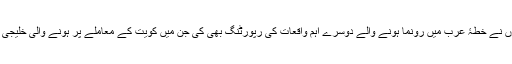
اس کے بعد سے انھوں نے خطۂ عرب میں رونما ہونے والے دوسرے اہم واقعات کی رپورٹنگ بھی کی جن میں کویت کے معاملے پر ہونے والی خلیجی جنگ بھی شامل تھی۔